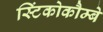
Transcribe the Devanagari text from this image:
स्टिंकोकौम्बे